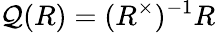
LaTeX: \mathcal{Q}(R)=(R^{\times})^{-1}R